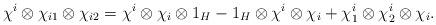
LaTeX: \begin{align*}\chi^{i}\otimes\chi_{i1}\otimes\chi_{i2}=\chi^{i}\otimes\chi_{i}\otimes1_{H}-1_{H}\otimes\chi^{i}\otimes\chi_{i}+\chi^{i}_{1}\otimes\chi^{i}_{2}\otimes\chi_{i}.\end{align*}